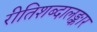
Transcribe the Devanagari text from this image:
रीतिशब्दालङ्कार